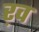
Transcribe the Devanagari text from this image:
ऱव